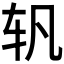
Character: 𰹴